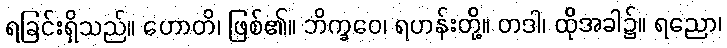
ရခြင်းရှိသည်။ ဟောတိ၊ ဖြစ်၏။ ဘိက္ခဝေ၊ ရဟန်းတို့။ တဒါ၊ ထိုအခါ၌။ ရညော၊